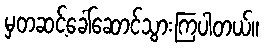
မှတဆင့်ခေါ်ဆောင်သွားကြပါတယ်။